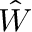
\hat { W }